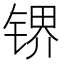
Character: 𰾛